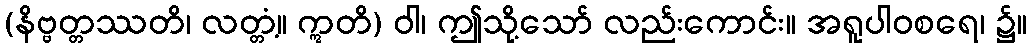
(နိဗ္ဗတ္တဿတိ၊ လတ္တံ့။ ဣတိ) ဝါ၊ ဤသို့သော် လည်းကောင်း။ အရူပါဝစရေ၊ ၌။